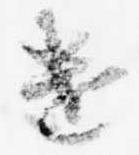
遣